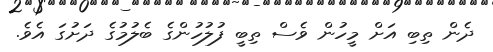
ދެން ތިބި އަށް މީހުން ވެސް ތިބީ ފުލުހުންގެ ބެލުމުގެ ދަށުގަ އެވެ.